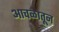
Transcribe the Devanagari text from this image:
आचळातून